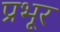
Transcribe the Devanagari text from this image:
प्रभूर